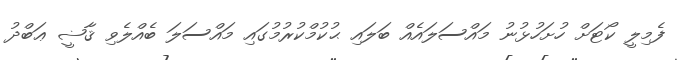
ފެމިލީ ކޯޓަށް ހުށަހުޅުނު މައްސަލައެއް ބަލައި ޙުކުމްކުރުމުގައި މައްސަލަ ބެއްލެވި ޤާޟީ ޢަބްދު